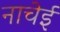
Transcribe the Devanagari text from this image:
नाचेई